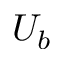
U _ { b }